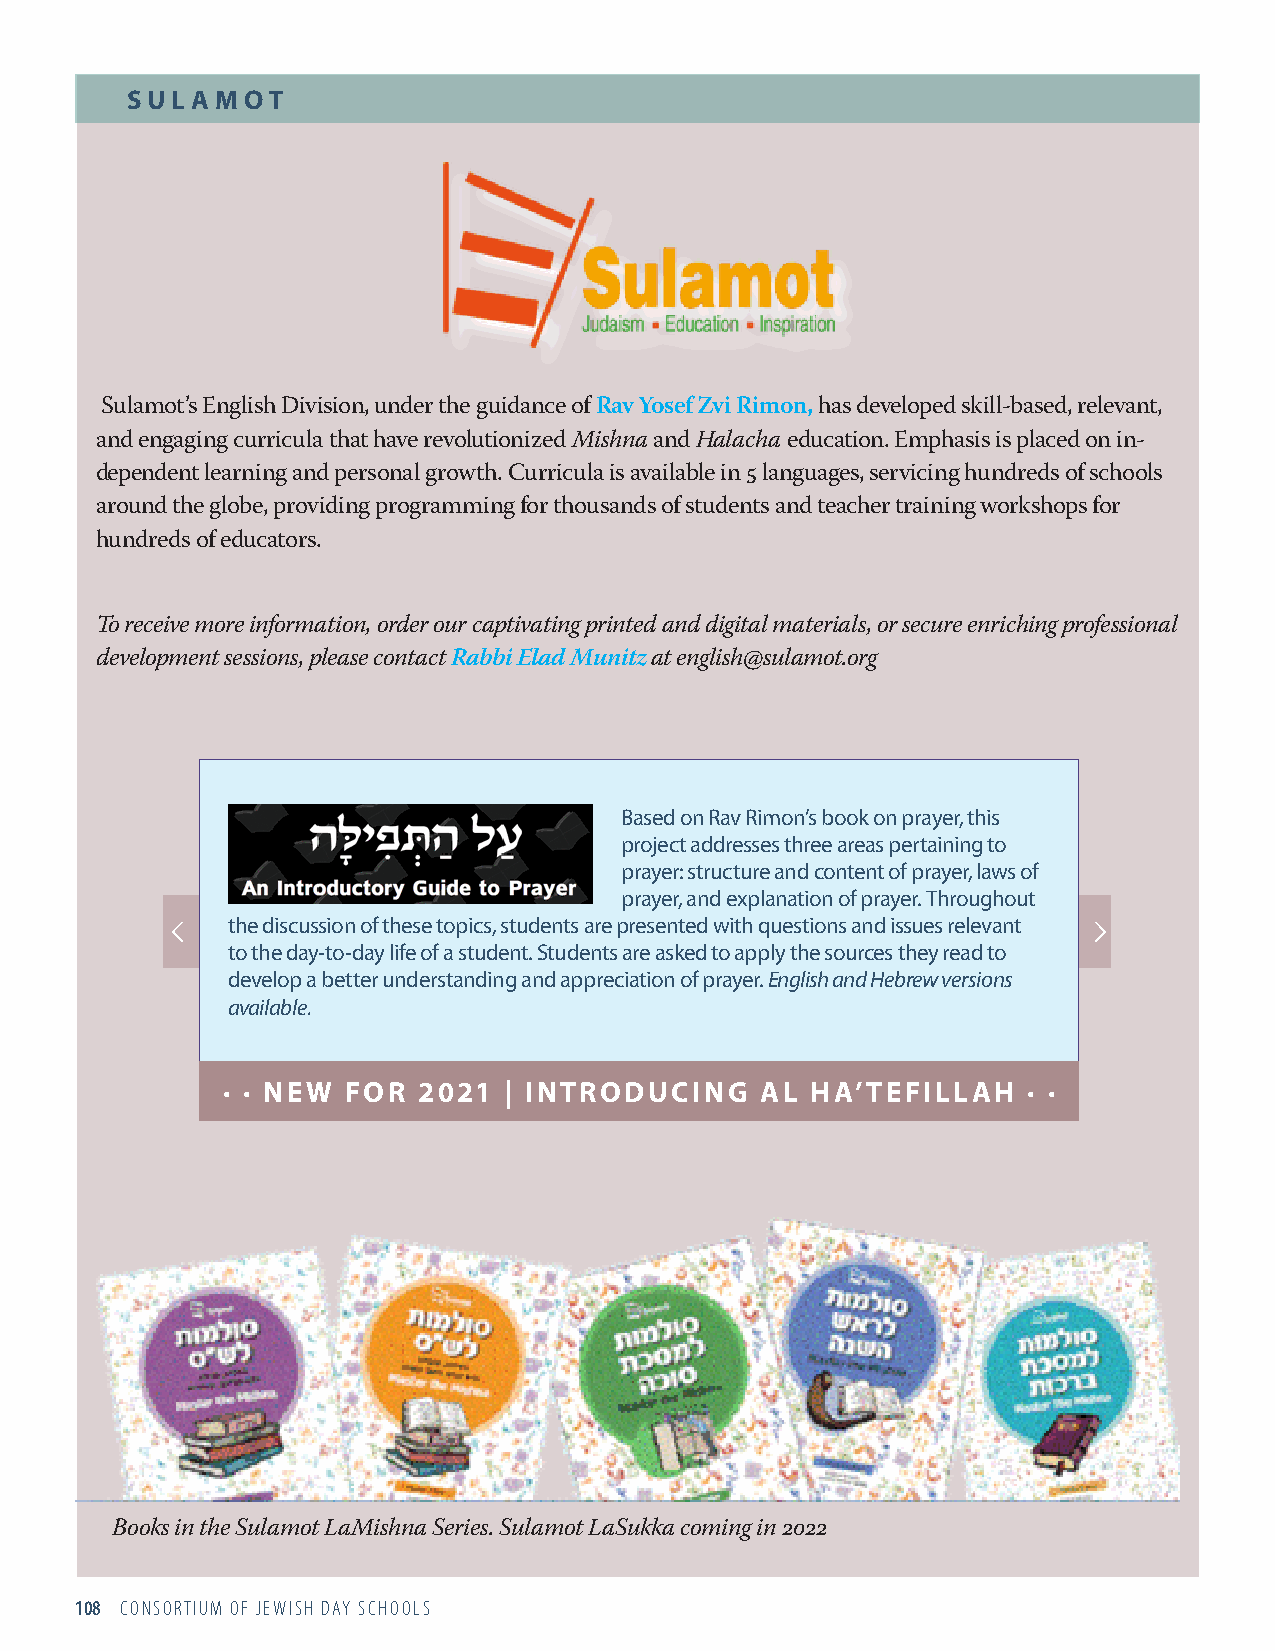
SUL  AMOT
 Sulamot’s English Division, under the guidance of Rav Yosef Zvi Rimon, has developed skill-based, relevant,
 and engaging curricula that have revolutionized Mishna and Halacha education. Emphasis is placed on in-
 dependent learning and personal growth. Curricula is available in 5 languages, servicing hundreds of schools
 around the globe, providing programming for thousands of students and teacher training workshops for
 hundreds of educators.
 To receive more information, order our captivating printed and digital materials, or secure enriching professional
 development sessions, please contact Rabbi Elad Munitz at english@sulamot.org
 Based on Rav Rimon’s book on prayer, this
 project addresses three areas pertaining to
 prayer: structure and content of prayer, laws of
 prayer, and explanation of prayer. Throughout
 the discussion of these topics, students are presented with questions and issues relevant
 to the day-to-day life of a student. Students are asked to apply the sources they read to
 develop a better understanding and appreciation of prayer. English and Hebrew versions
 available.
 ∙ ∙ NEW FOR  2021 | INTRODUCING    AL  HA’TEFILLAH   ∙ ∙
 Books in the Sulamot LaMishna Series. Sulamot LaSukka coming in 2022
 108 CONSORTIUM OF JEWISH DAY SCHOOLS